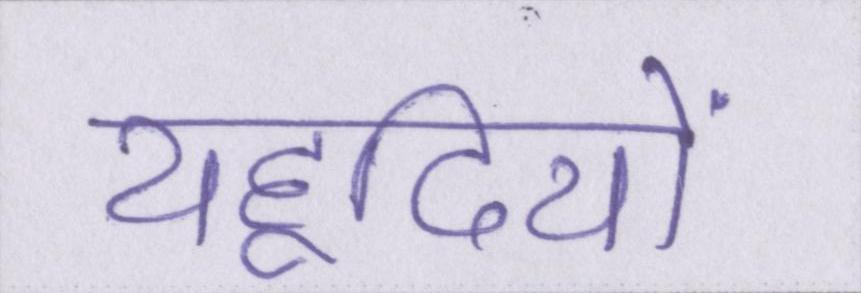
यहूदियों